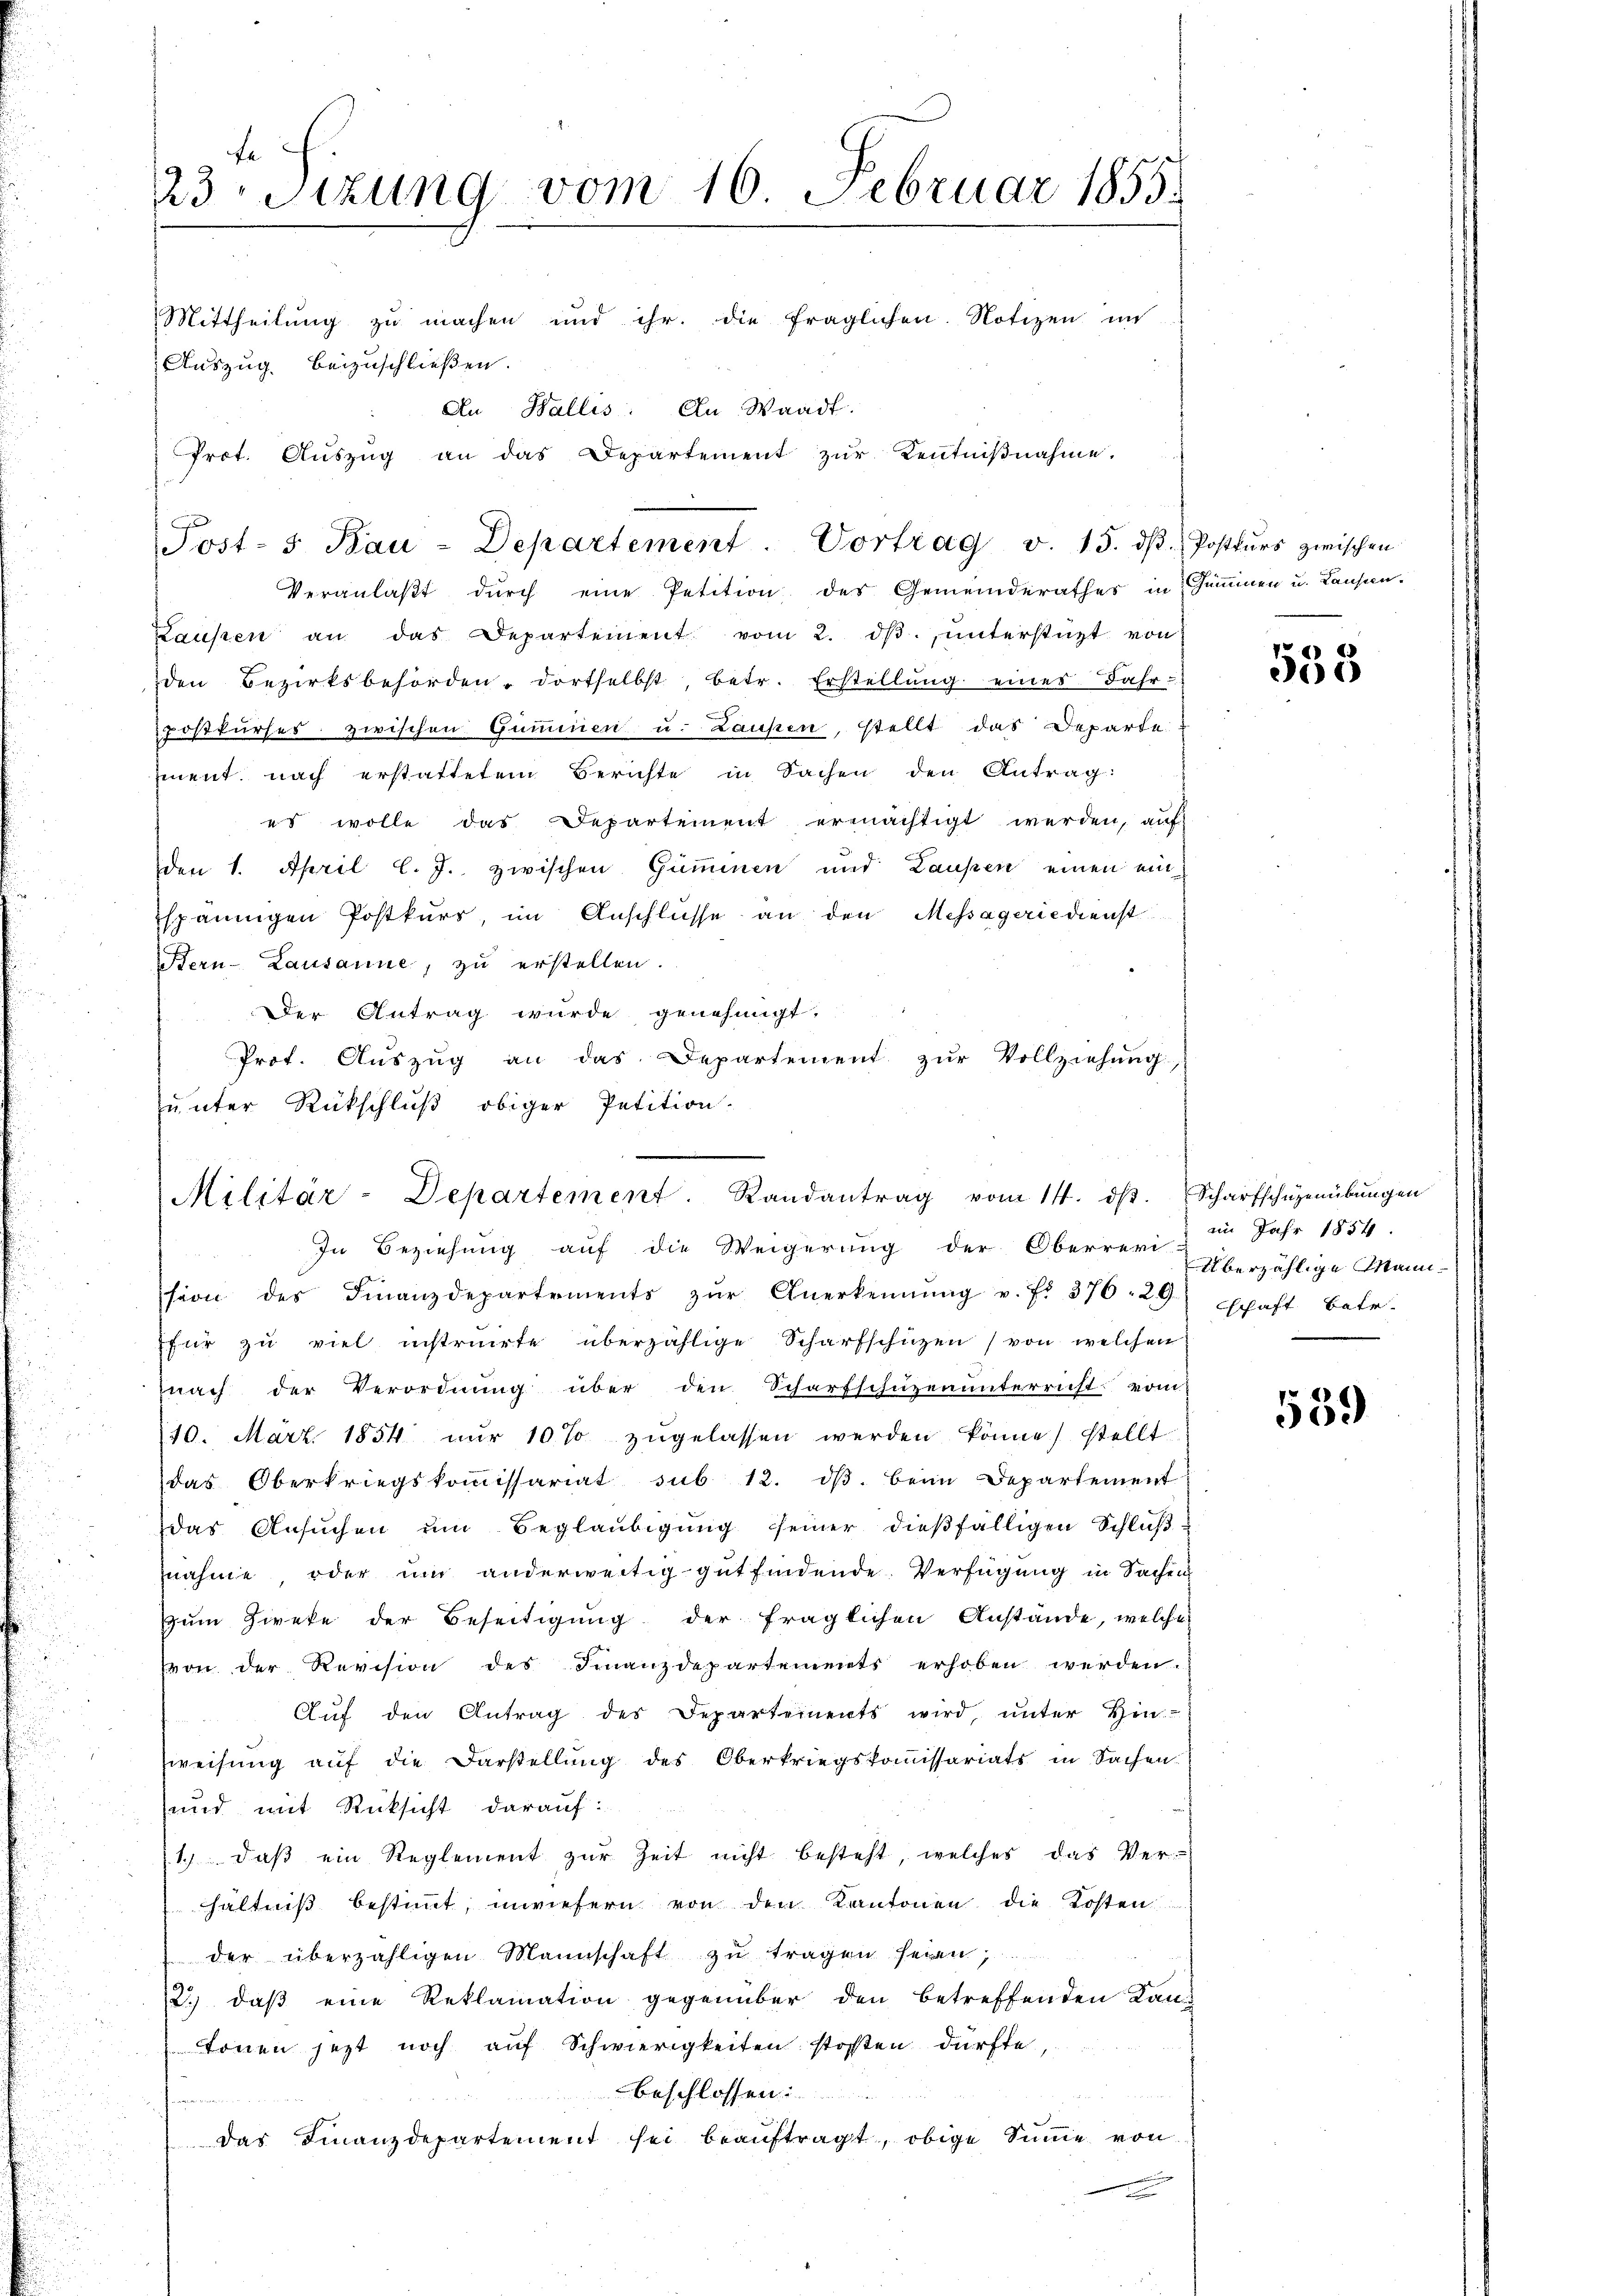
23sizung vom 16. Februar 1855.
Mittheilung zu machen und ihr. die fraglichen Notizen in
Auszug. beizuschließen.
An Wallis: An Waadt.
Prot. Aŭszŭg an das Departement zŭr Kentniβnahme.

Veranlaßt durch eine Petition des Gemeinderathes in Zimmen u. Laussen-
Laussen an das Departement vom 2. dβ ŭnterstüzt von
den Bezirksbehörden. dortselbst, betr. Erstellung eines Jahr-
postkurses zwischen Gummien u. Laufen, stellt das Departe
ment nach erstattetem Berichte in Sachen den Antrag:
es wolle das Departement ermächtigt werden, auf
den 1. April l. J. zwischen Gumminen und Laupen einen einspännigen Postkurs, im Anschlüsse an den Messageriedienst
Bern-Lausanne, zu erstellen.
Der Antrag wurde genehmigt.
Prot. Aŭszŭg an das Departement zŭr Vollziehung,
zunter Rückschluß obiger Petition.

Post- 5. Bau-Departement. Vortrag v. 15. dβ. Postkŭrs zwischen

Militär-Departement. Randantrag vom 14. dβ. Scharfschüzenübŭngen

In Beziehung auf die Weigerung der Oberrevi in Jahr 1854
sion des Finanzdepartements zŭr Anerkennung u. f. 376. 29) schaft betr.
für zu viel instruirte überzählige Scharfschüzen (von welchen
nach der Verordnung über den Scharfschüzenunterricht vom
10. Mart. 1854 nŭr 10% zŭgelassen werden könne, stellt
das Oberkriegskoṁissariat sub 12. dβ beim Departement
das Ansŭchen ŭm Beglaŭbigŭng seiner dießfälligen Schlŭβ-
nahme oder um anderweitig gutfindende Verfügung in Sachen
Zum Zieke der Beseitigung der fraglichen Anstände, welche
von der Revision des Finanzdepartements erhoben werden.
Aŭf den Antrag des Departements wird ŭnter Hin-
weisung auf die Darstellung des Oberkriegskommissariats in Sachen
und mit Rücksicht darauf:
1. daβ ein Reglement zur Zeit nicht besteht, welches das Ver-
hältniß bestimmt, inwiefern von den Kantonen die Kosten
der überzähligen Mannschaft zu tragen seien,
2.) daβ eine Reklamation gegenüber den betreffenden Kanonnen jetzt noch auf Schwierigkeiten stossen dürfte,
beschlossen:
i
das Finanzdepartement sei beaŭftragt, obige Sinne von

555

Überzählige Mann¬

539